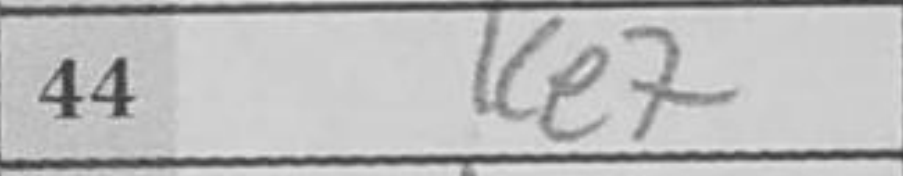
Transcription: Ke7